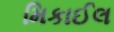
મિકાઈલ